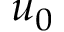
u _ { 0 }